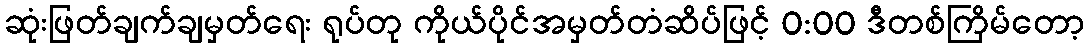
ဆုံးဖြတ်ချက်ချမှတ်ရေး ရုပ်တု ကိုယ်ပိုင်အမှတ်တံဆိပ်ဖြင့် 0:00 ဒီတစ်ကြိမ်တော့